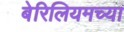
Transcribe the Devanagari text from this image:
बेरिलियमच्या